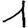
Digit: 1